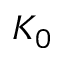
K _ { 0 }